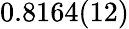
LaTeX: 0.8164(12)